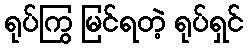
ရုပ်ကြွ မြင်ရတဲ့ ရုပ်ရှင်